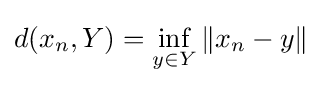
d(x_{n},Y)=\inf _{y\in Y}\|x_{n}-y\|